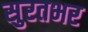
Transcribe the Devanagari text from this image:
सुरतभर